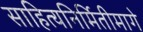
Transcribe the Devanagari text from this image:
साहित्यनिर्मितीमागे